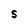
Character: S